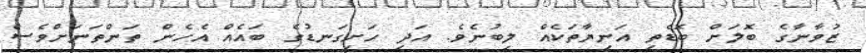
ޒުވާނާގެ ބޮލަށް ބޮޑެތި އަނިޔާތަކެއް ލިބުނެވެ. އަދި ހަށިގަނޑުގެ ބައެއް އެހެން ތަންތަނަށްވެސް